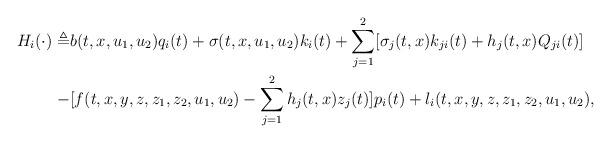
LaTeX: \begin{align*}\begin{aligned}H_{i}(\cdot)\triangleq& b(t,x,u_1,u_2)q_i(t)+\sigma(t,x,u_1,u_2)k_i(t)+\sum_{j=1}^2[\sigma_j(t,x)k_{ji}(t)+h_j(t,x)Q_{ji}(t)]\\-&[f(t,x,y,z,z_1,z_2,u_1,u_2)-\sum_{j=1}^2h_j(t,x)z_j(t)]p_i(t)+l_i(t,x,y,z,z_1,z_2,u_1,u_2),\\\end{aligned}\end{align*}